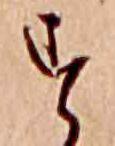
す